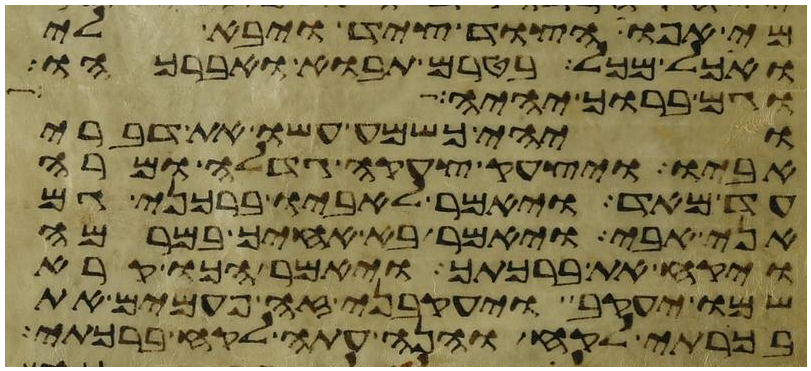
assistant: מי אפו הצד ציד ויבא לי
ואכל מכל בטרם תבוא ואברכהו
וגם ברוך יהיה
ויהי כשמע עשו את דברי
אביו ויצעק צעקה גדלה ומרה
עד מאד ויאמר לאביו ברכני גם
אני אבי ויאמר בא אחיך במרמה
ויקח את ברכתך ויאמר הכו קרא
שמו יעקב ויעקבני זה פעמים את
בכרתי לקח והנה עתה לקח ברכתי